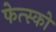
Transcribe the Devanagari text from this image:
फेत्स्को